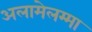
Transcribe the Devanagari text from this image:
अलामेलम्मा